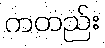
ကတည်း